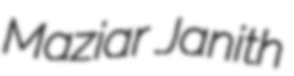
Maziar Janith